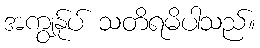
အကျွန်ုပ် သတိရမိပါသည်။